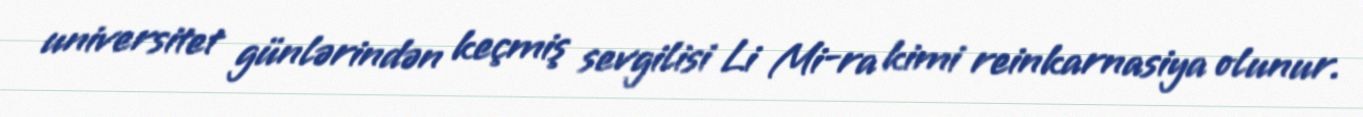
universitet günlərindən keçmiş sevgilisi Li Mi-ra kimi reinkarnasiya olunur.